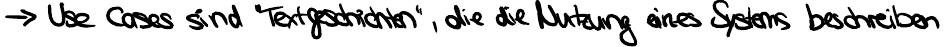
"-> Use Cases sind ""Textgeschichten""", die die Nutzung eines System beschreiben